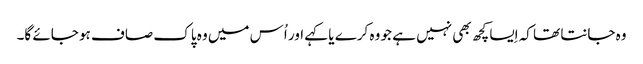
وہ جانتا تھا کہ اِیسا کچھ بھی نہیں ہے جو وہ کرے یا کہے اور اُس میں وہ پاک صاف ہو جائے گا۔